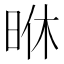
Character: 𭥶